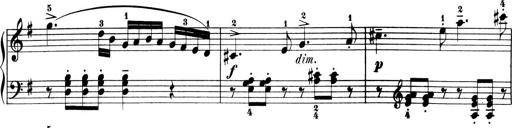
Title: 6 Piano Sonatinas
Composer: Cornelius Gurlitt